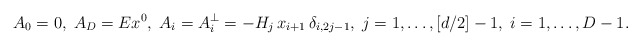
\begin{align*}A_0 = 0 , \; A_D = Ex^0, \; A_i = A_i^{\perp}= -H_j\,x_{i+1} \,\delta_{i,2j-1} ,\; j=1,\ldots, [d/2]-1, \; i=1, \ldots, D-1.\end{align*}